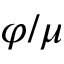
\varphi / \mu